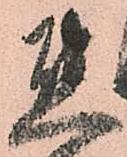
熊